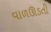
વાળઊડતી